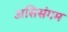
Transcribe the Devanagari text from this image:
असिसंगम